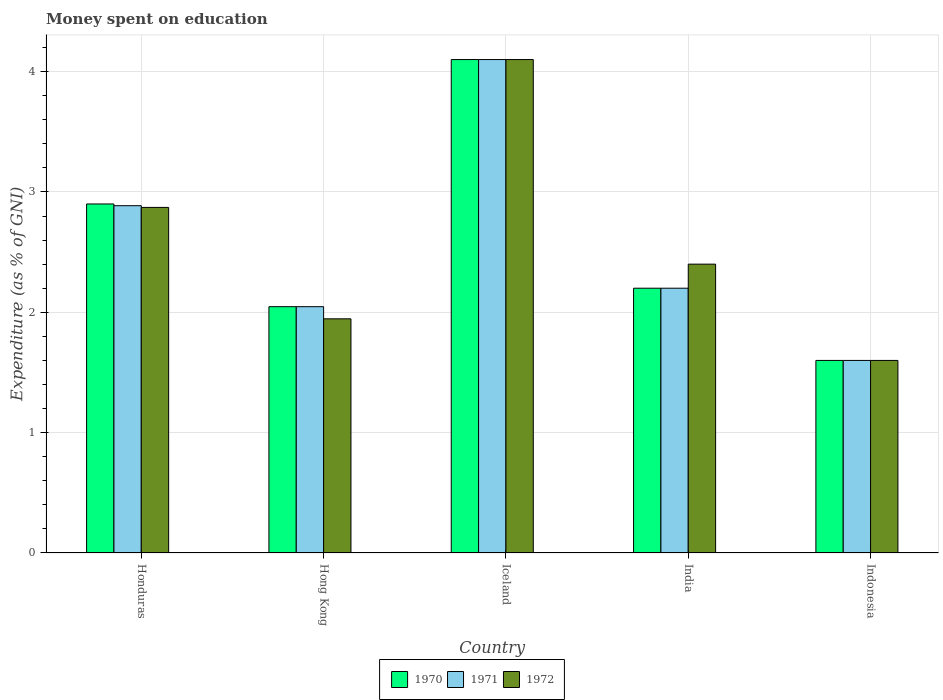
| Country | 1970 | 1971 | 1972 |
 | --- | --- | --- | --- |
 | Honduras | 2.9 | 2.89 | 2.87 |
 | Hong Kong | 2.05 | 2.05 | 1.95 |
 | Iceland | 4.1 | 4.1 | 4.1 |
 | India | 2.2 | 2.2 | 2.4 |
 | Indonesia | 1.6 | 1.6 | 1.6 |